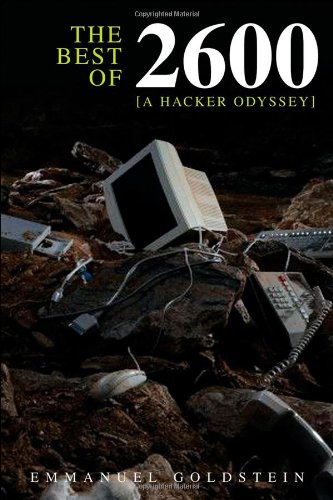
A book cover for The Best of 2600: A Hacker Odyssey; Emmanuel Goldstein; Computers & Technology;